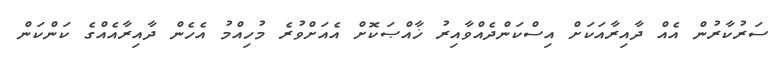
ސަރުކާރުން އެއް ދާއިރާއަކަށް އިސްކަންދެއްވާއިރު ޚާއްޞަކޮށް އެއަށްވުރެ މުހިއްމު އެހެން ދާއިރާއެއްގެ ކަންކަން